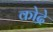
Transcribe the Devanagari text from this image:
कोद्रे